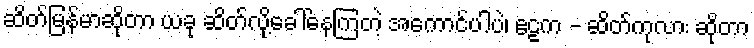
ဆိတ်မြန်မာဆိုတာ ယခု ဆိတ်လို့ခေါ်နေကြတဲ့ အကောင်ပါပဲ၊ ဧဠက - ဆိတ်ကုလား ဆိုတာ